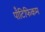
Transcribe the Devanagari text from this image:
पॉँटिफिकम